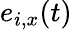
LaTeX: e_{i,x}(t)